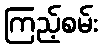
ကြည့်စမ်း